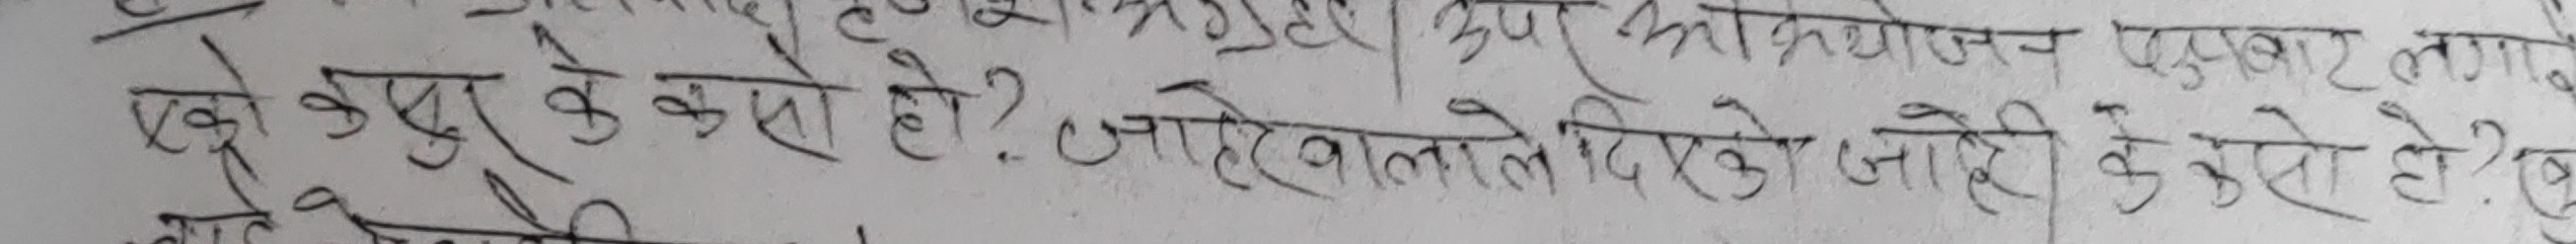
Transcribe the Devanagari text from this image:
उपर आयोजन एपबार लगाई
एको कसुर के कसो हो? जाहेरवालाले दिएको जाही के कसो हो? एक